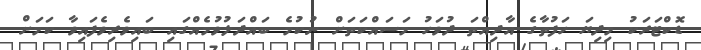
ޑޮކްޓަރަކު މިދިޔަ ހަފުތާގެ އާދިއްތަ ދުވަހު މަސައްކަތަށް ނުކުމެ ބައްދަލުވުމެއްގައި ބައިވެރިވެފައިވާ ކަމަށް